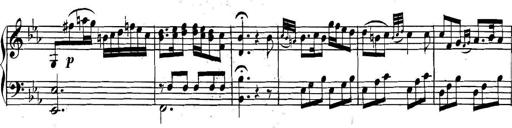
Title: Collected Piano Sonatas
Composer: Muzio Clementi